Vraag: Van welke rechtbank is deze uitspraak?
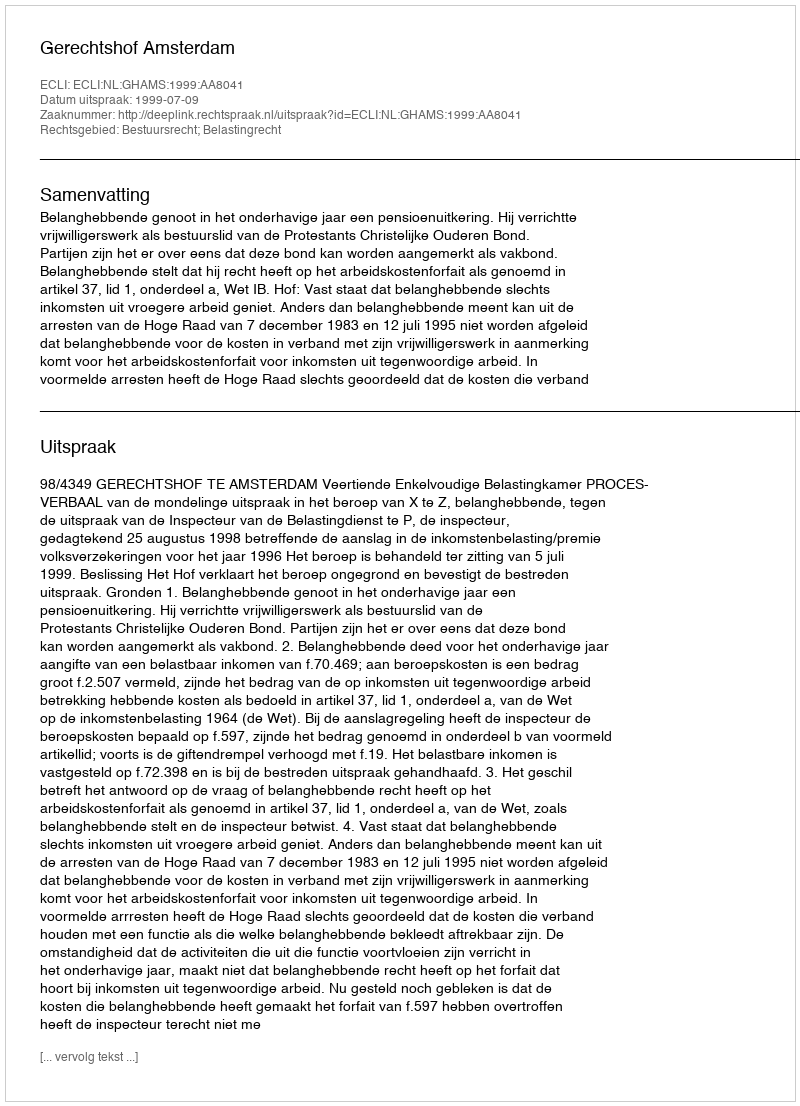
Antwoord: Gerechtshof Amsterdam